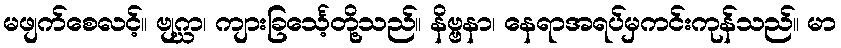
မဖျက်စေလင့်။ ဗျဂ္ဃာ၊ ကျားခြင်္သေ့တို့သည်။ နိဗ္ဗနာ၊ နေရာအရပ်မှကင်းကုန်သည်။ မာ